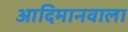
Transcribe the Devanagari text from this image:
आदिमानवाला